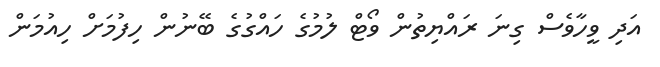
އަދި ވީހާވެސް ގިނަ ރައްޔިތުން ވޯޓް ލުމުގެ ހައްގުގެ ބޭނުން ހިފުމަށް ހިއުމަން